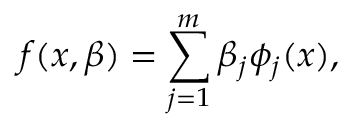
f ( x , \beta ) = \sum _ { j = 1 } ^ { m } \beta _ { j } \phi _ { j } ( x ) ,